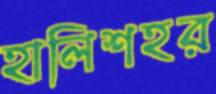
হালিশহর